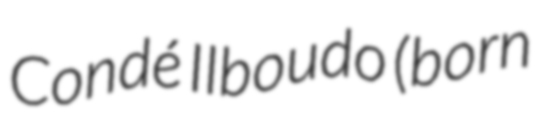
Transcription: Condé Ilboudo (born